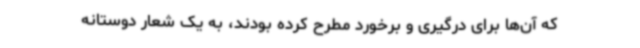
که آن‌ها برای درگیری و برخورد مطرح کرده‌ بودند، به یک شعار دوستانه